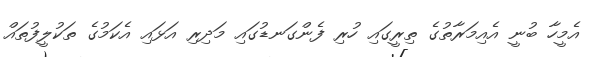
އެމީހާ ބުނީ އެއިމަރާތުގެ ތިރީގައި ހުރި ފެންގަނޑުގައި މަދިރި އަޅައި އެކަމުގެ ތަކުލީފުތައް